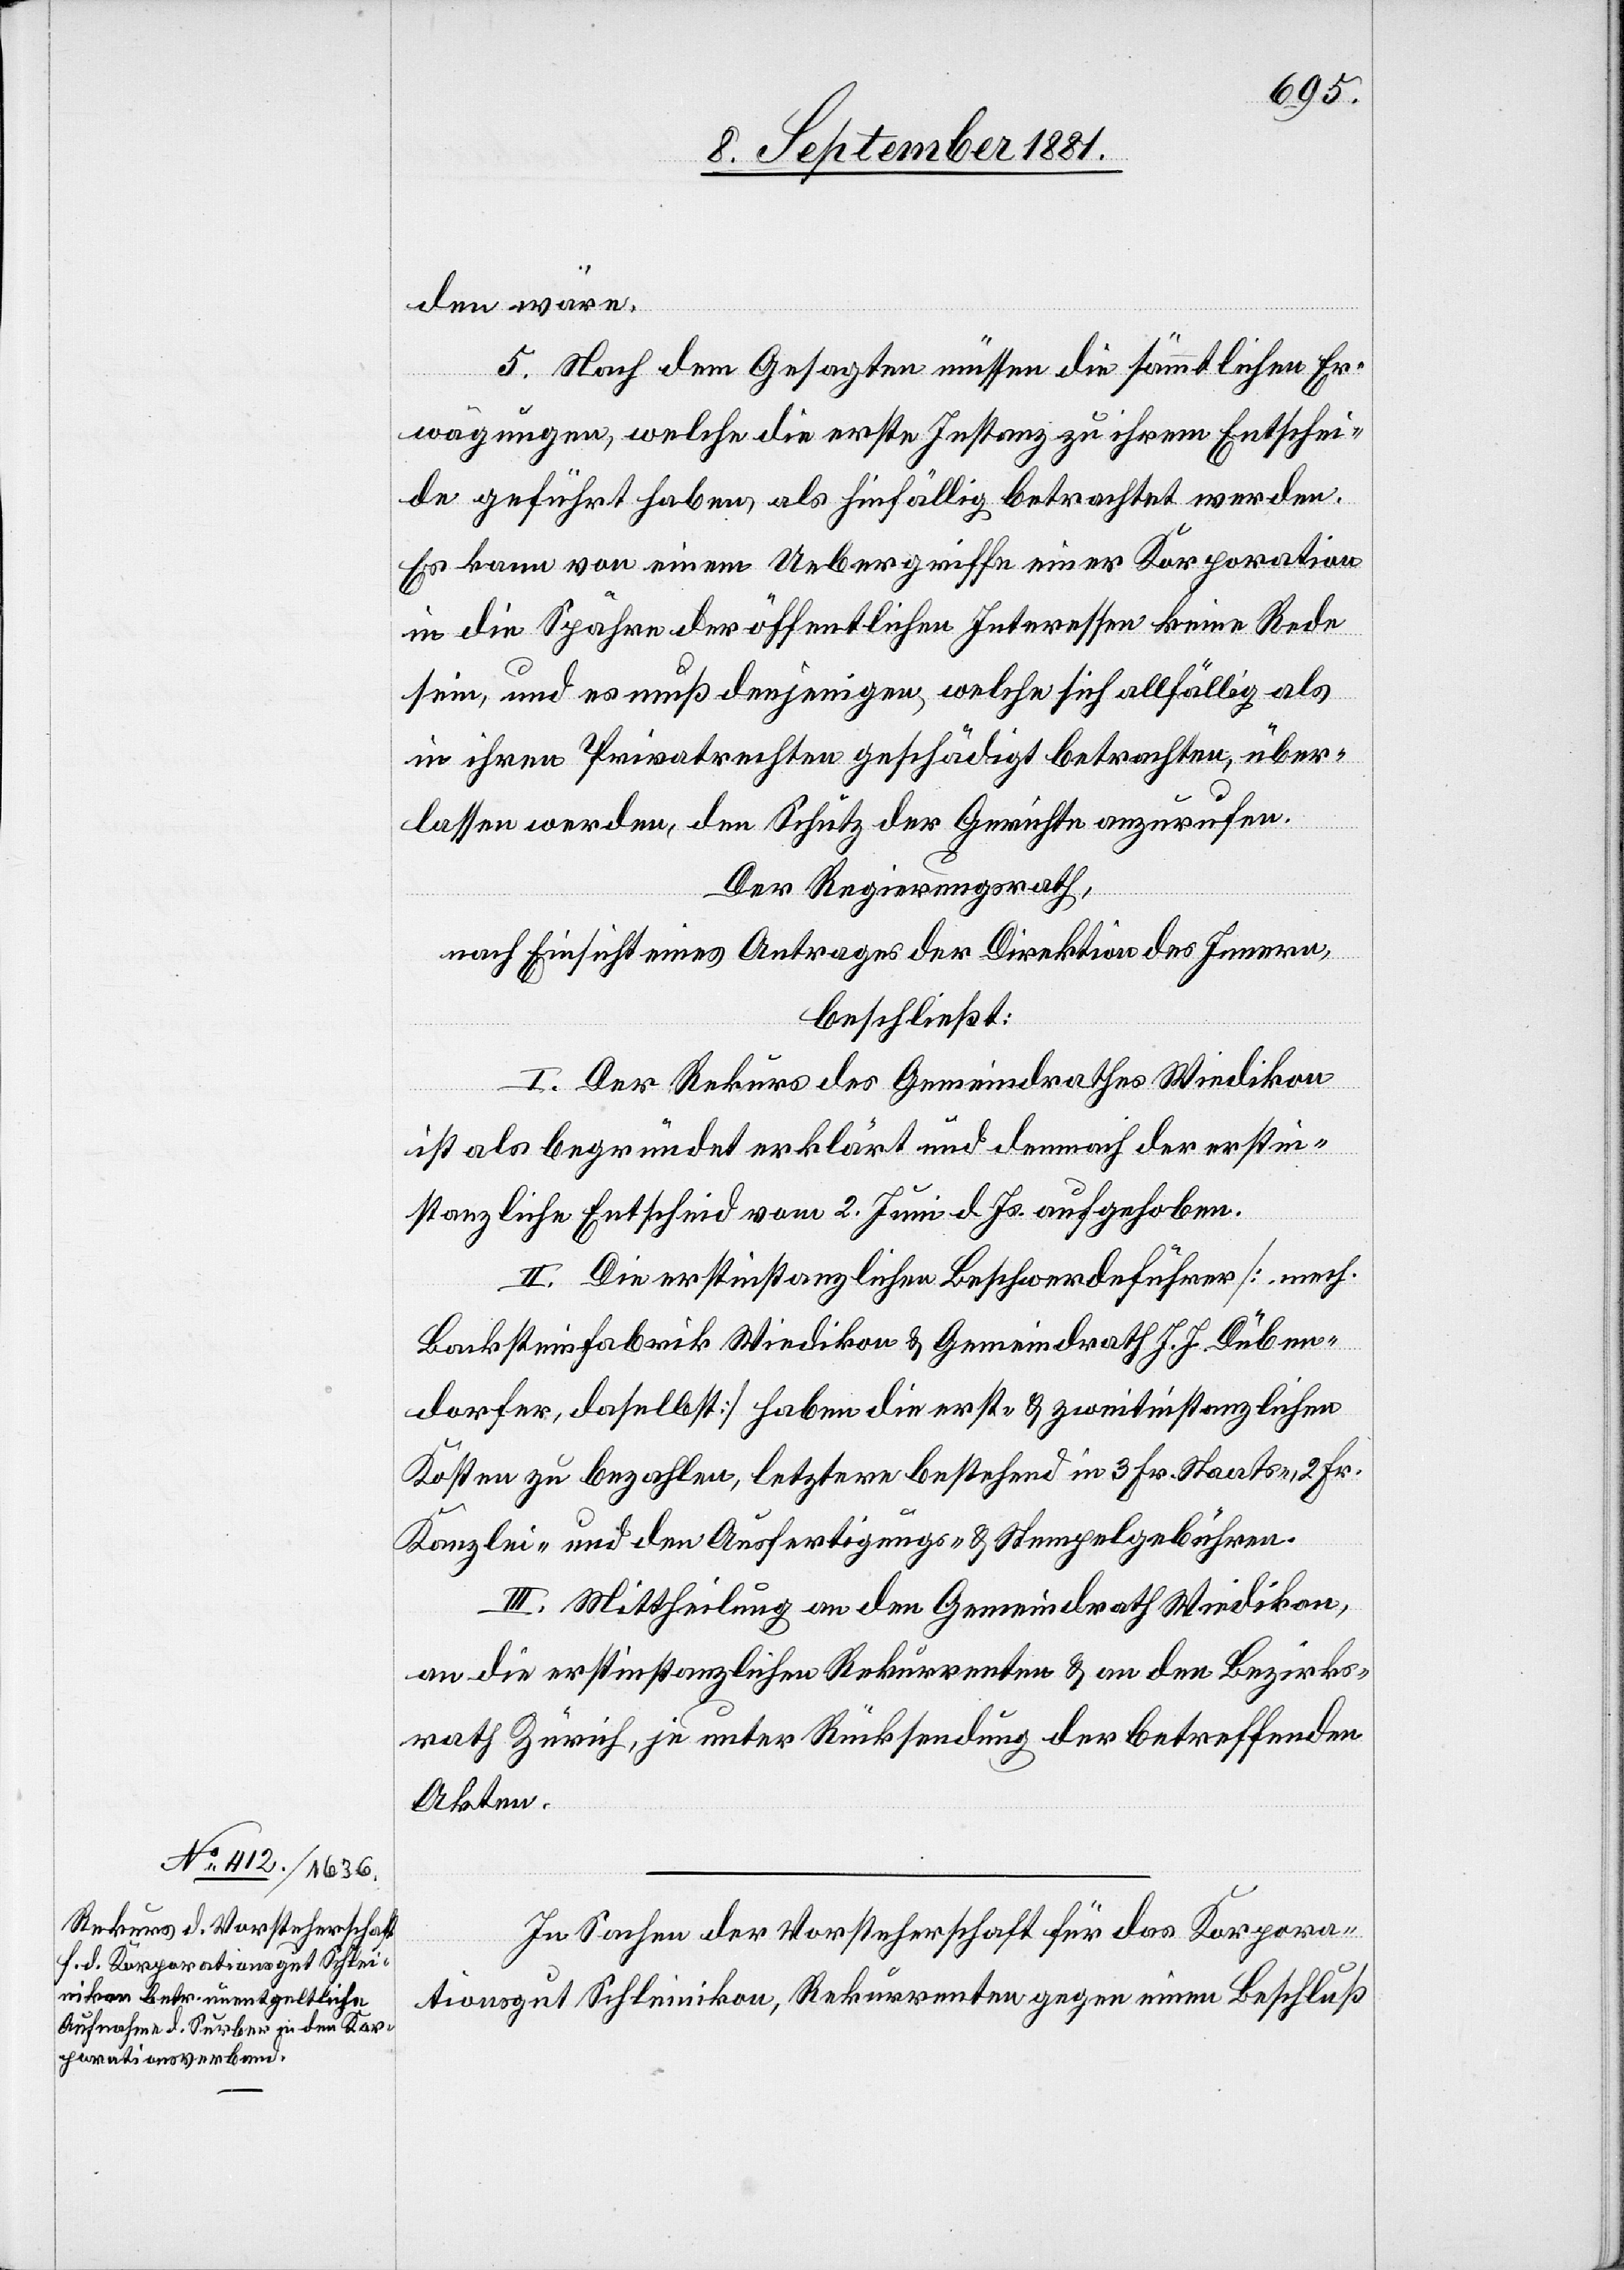
den wäre.
5. Nach dem Gesagten müssen die sämmtlichen Er¬
wägungen, welche die erste Instanz zu ihrem Entschei¬
de geführt haben, als hinfällig betrachtet werden.
Es kann von einem Uebergriffe einer Korporation
in die Spähre [sic!] der öffentlichen Interessen keine Rede
sein, und es muß denjenigen, welche sich allfällig als
in ihren Privatrechten geschädigt betrachten, über¬
lassen werden, den Schutz der Gerichte anzurufen.
Der Regierungsrath
nach Einsicht eines Antrages der Direktion des Innern,
beschließt:
I. Der Rekurs des Gemeindrathes Wiedikon
ist als begründet erklärt und demnach der erstin¬
stanzliche Entscheid vom 2. Juni d. Js. aufgehoben.
II. Die erstinstanzlichen Beschwerdeführer [mech.
Backsteinfabrik Wiedikon & Gemeindrath J. J. Düben¬
dorfer, daselbst] haben die erst- & zweitinstanzlichen
Kosten zu bezahlen, letztere bestehend in 3. Fr. Staats-, 2. Fr.
Kanzlei- und den Ausfertigungs- & Stempelgebühren.
III. Mittheilung an den Gemeindrath Wiedikon,
an die erstinstanzlichen Rekurrenten & an den Bezirks¬
rath Zürich, je unter Rücksendung der betreffenden
Akten.
In Sachen der Vorsteherschaft für das Korpora¬
tionsgut Schleinikon, Rekurrenten gegen einen Beschluß